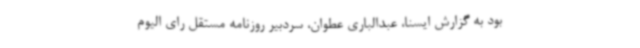
بود به گزارش ایسنا، عبدالباری عطوان، سردبیر روزنامه مستقل رای الیوم